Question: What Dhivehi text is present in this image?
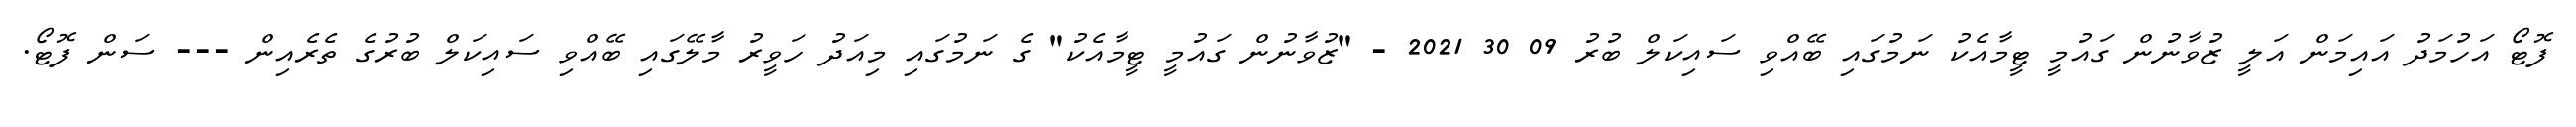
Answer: ފޮޓޯ އަހުމަދު އައިމަން އަލީ ޒުވާނުން ގައުމީ ޓީމާއެކު ނަމުގައި ބޭއްވި ސައިކަލް ބުރު 09 30 2021 - "ޒުވާނުން ގައުމީ ޓީމާއެކު" ގެ ނަމުގައި މިއަދު ހަވީރު މާލޭގައި ބޭއްވި ސައިކަލް ބުރުގެ ތެރެއިން --- ސަން ފޮޓޯ.